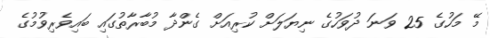
މޭ މަހުގެ 25 ވަނަ ދުވަހުގެ ނިޔަލަށް ކުރިއަށް ގެންދާ މުބާރާތުގައި ބައިވެރިވުމުގެ